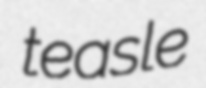
teasle